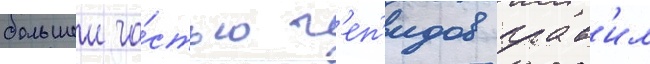
большеи ча́стью г'еп'идов прав'ил